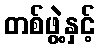
တစ်ဖွဲ့နှင့်